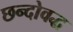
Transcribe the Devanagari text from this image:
छन्दोवद्ध